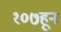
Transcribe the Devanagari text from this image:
१०७हून